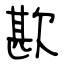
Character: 歁